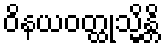
ဝိနယဝတ္ထုသ္မိန္တိ